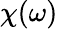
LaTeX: \chi(\omega)